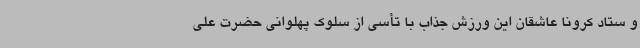
و ستاد کرونا عاشقان این ورزش جذاب با تأسی از سلوک پهلوانی حضرت علی